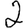
Digit: 2